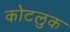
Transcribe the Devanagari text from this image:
कोटलुक